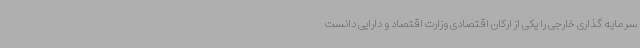
سرمایه گذاری خارجی را یکی از ارکان اقتصادی وزارت اقتصاد و دارایی دانست